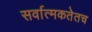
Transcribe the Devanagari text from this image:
सर्वात्मकतेतच